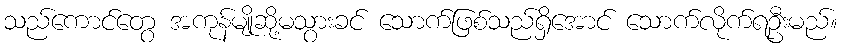
သည်ကောင်တွေ အကုန်မျိုဆို့မသွားခင် သောက်ဖြစ်သည်ရှိအောင် သောက်လိုက်ရဦးမည်။